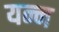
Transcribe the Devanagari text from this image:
यन्न